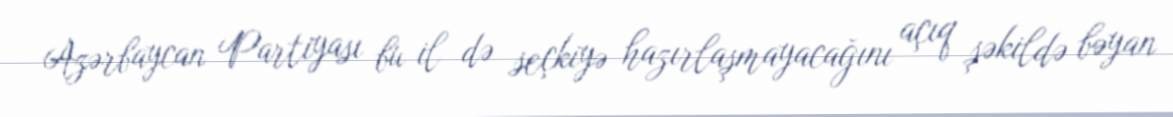
Azərbaycan Partiyası bu il də seçkiyə hazırlaşmayacağını açıq şəkildə bəyan